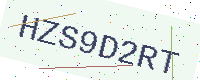
Text: HZS9D2RT